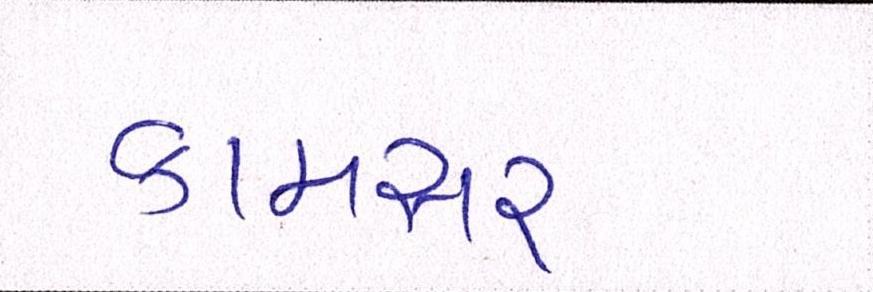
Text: કામસર